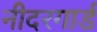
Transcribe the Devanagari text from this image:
नीदरगार्ड